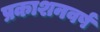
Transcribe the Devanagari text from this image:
प्रकाशनवर्ष